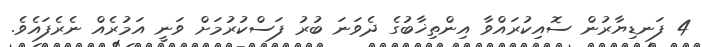
4 ފަނޑިޔާރުން ސޮއިކުރައްވާ އިންތިޚާބުގެ ދެވަނަ ބުރު ފަސްކުރުމަށް ވަނީ އަމުރެއް ނެރެފައެވެ.